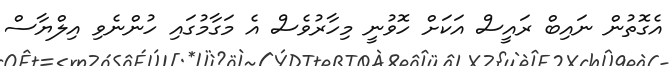
އެގޮތުން ނައިބް ރައީސް އަކަށް ހޮވުނީ މިހާރުވެސް އެ މަގާމުގައި ހުންނެވި އިލްޔާސް